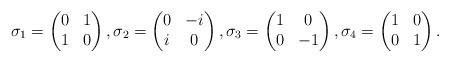
LaTeX: \begin{align*}\sigma_{1}= \begin{pmatrix} 0 & 1\\ 1 & 0\end{pmatrix}, \sigma_{2}= \begin{pmatrix} 0 & -i\\ i & 0\end{pmatrix}, \sigma_{3}= \begin{pmatrix} 1 & 0\\ 0 & -1\end{pmatrix} , \sigma_{4}= \begin{pmatrix} 1 & 0\\ 0 & 1\end{pmatrix}.\end{align*}